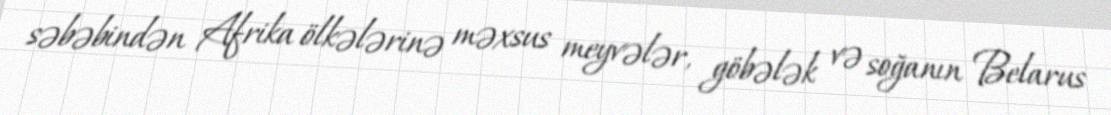
səbəbindən Afrika ölkələrinə məxsus meyvələr, göbələk və soğanın Belarus